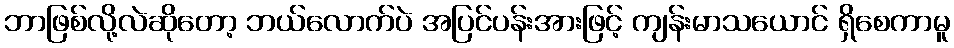
ဘာဖြစ်လို့လဲဆိုတော့ ဘယ်လောက်ပဲ အပြင်ပန်းအားဖြင့် ကျန်းမာသယောင် ရှိစေကာမူ